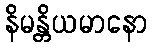
နိမန္တိယမာနော